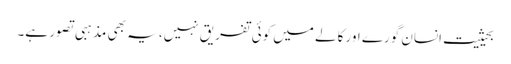
بحیثیت انسان گورے اور کالے میں کوئی تفریق نہیں، یہ بھی مذہبی تصور ہے۔